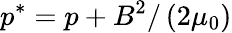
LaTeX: {p^{*}}=p+{B^{2}}/\left({2{\mu_{0}}}\right)